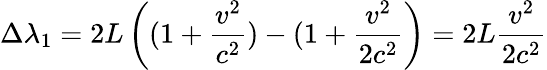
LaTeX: \Delta{\lambda}_{1}=2L\left((1+{\frac{v^{2}}{c^{2}}})-(1+{\frac{v^{2}}{2c^{2}}}\right)={2L}{\frac{v^{2}}{2c^{2}}}